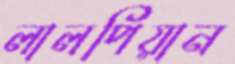
লালপিয়ান